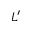
L ^ { \prime }